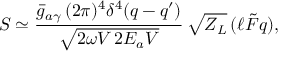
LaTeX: S \simeq \frac { \bar { g } _ { a \gamma } \, ( 2 \pi ) ^ { 4 } \delta ^ { 4 } ( q - q ^ { \prime } ) } { \sqrt { 2 \omega V \, 2 E _ { a } V } } \, \sqrt { Z _ { L } } \, ( \ell \tilde { F } q ) ,